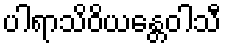
ပါရာသိဝိယန္တေဝါသီ